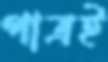
পাত্রই